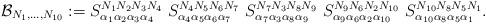
LaTeX: \begin{align*}{\cal B}_{N_1,\ldots,N_{10}} := {S}^{N_1 N_2 N_3 N_4}_{\alpha_1\alpha_2\alpha_3\alpha_4}\ {S}^{N_4 N_5 N_6 N_7}_{\alpha_4\alpha_5\alpha_6\alpha_7}\ {S}^{N_7 N_3 N_8 N_9}_{\alpha_7\alpha_3\alpha_8\alpha_9}\ {S}^{N_9 N_6 N_2 N_{10}}_{\alpha_9\alpha_6\alpha_2\alpha_{10}}\ {S}^{N_{10} N_8 N_5 N_1}_{\alpha_{10}\alpha_8\alpha_5\alpha_1}.\end{align*}